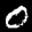
Label: 0